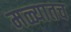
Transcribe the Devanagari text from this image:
मळ्यातच